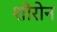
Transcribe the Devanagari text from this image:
शोरोन